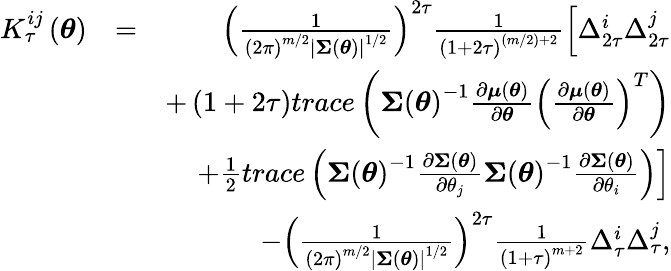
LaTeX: \begin{array}{rlr}{K_{\tau}^{ij}\left(\boldsymbol{\theta}\right)}&{=}&{\left(\frac{1}{\left(2\pi\right)^{m/2}\left\vert\boldsymbol{\Sigma}\left(\boldsymbol{\theta}\right)\right\vert^{1/2}}\right)^{2\tau}\frac{1}{\left(1+2\tau\right)^{(m/2)+2}}\left[\Delta_{2\tau}^{i}\Delta_{2\tau}^{j}\right.}\\ &{}&{\left.+\left(1+2\tau\right)trace\left(\boldsymbol{\Sigma}\left(\boldsymbol{\theta}\right)^{-1}\frac{\partial\boldsymbol{\mu}\left(\boldsymbol{\theta}\right)}{\partial\boldsymbol{\theta}}\left(\frac{\partial\boldsymbol{\mu}\left(\boldsymbol{\theta}\right)}{\partial\boldsymbol{\theta}}\right)^{T}\right)\right.}\\ &{}&{\left.+\frac{1}{2}trace\left(\boldsymbol{\Sigma}\left(\boldsymbol{\theta}\right)^{-1}\frac{\partial\boldsymbol{\Sigma}\left(\boldsymbol{\theta}\right)}{\partial\theta_{j}}\boldsymbol{\Sigma}\left(\boldsymbol{\theta}\right)^{-1}\frac{\partial\boldsymbol{\Sigma}\left(\boldsymbol{\theta}\right)}{\partial\theta_{i}}\right)\right]}\\ &{}&{-\left(\frac{1}{\left(2\pi\right)^{m/2}\left\vert\boldsymbol{\Sigma}\left(\boldsymbol{\theta}\right)\right\vert^{1/2}}\right)^{2\tau}\frac{1}{\left(1+\tau\right)^{m+2}}\Delta_{\tau}^{i}\Delta_{\tau}^{j},}\end{array}